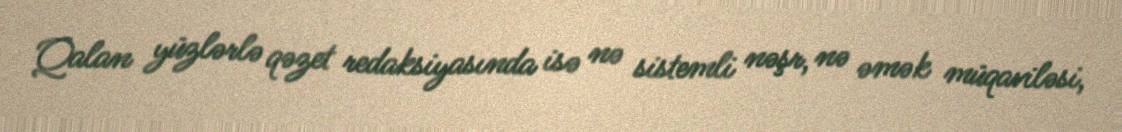
Qalan yüzlərlə qəzet redaksiyasında isə nə sistemli nəşr, nə əmək müqaviləsi,